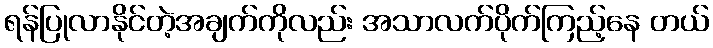
ရန်ပြုလာနိုင်တဲ့အချက်ကိုလည်း အသာလက်ပိုက်ကြည့်နေ တယ်